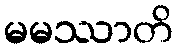
မမဿာတိ